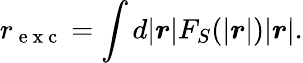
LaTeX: r_{\mathrm{~e~x~c~}}=\int d|\boldsymbol{r}|F_{S}(|\boldsymbol{r}|)|\boldsymbol{r}|.